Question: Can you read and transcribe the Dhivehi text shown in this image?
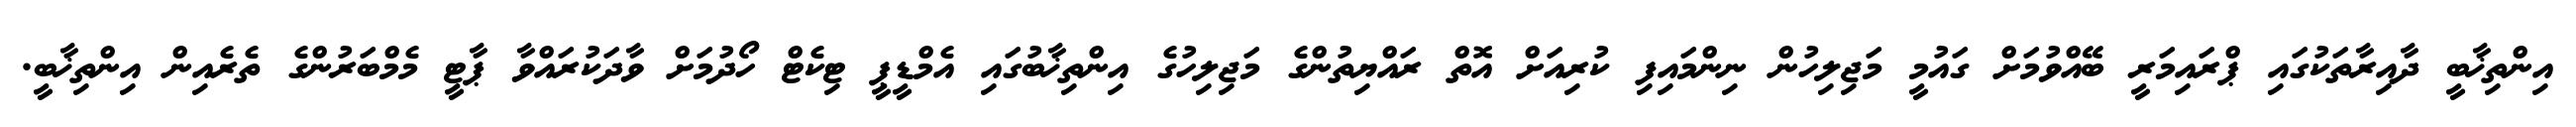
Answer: އިންތިޚާބީ ދާއިރާތަކުގައި ޕްރައިމަރީ ބޭއްވުމަށް ގައުމީ މަޖިލިހުން ނިންމައިފި ކުރިއަށް އޮތް ރައްޔިތުންގެ މަޖިލިހުގެ އިންތިޚާބުގައި އެމްޑީޕީ ޓިކެޓް ހޯދުމަށް ވާދަކުރައްވާ ޕާޓީ މެމްބަރުންގެ ތެރެއިން އިންތިޚާބީ.